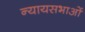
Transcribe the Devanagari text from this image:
न्यायसभाओं